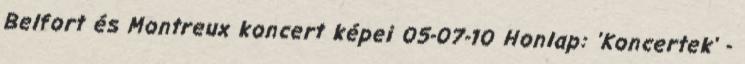
Belfort és Montreux koncert képei 05-07-10 Honlap: 'Koncertek' -